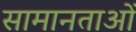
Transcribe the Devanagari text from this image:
सामानताओं